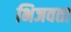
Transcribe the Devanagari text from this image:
भिजवता